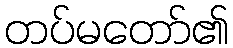
တပ်မတော်၏